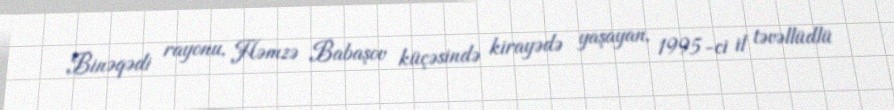
Binəqədi rayonu, Həmzə Babaşov küçəsində kirayədə yaşayan, 1995-ci il təvəllüdlü